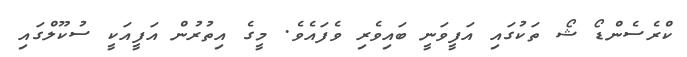
ކްރެސެންޑޯ ޝޯ ތަކުގައި އަފީވަނީ ބައިވެރި ވެފައެވެ. މީގެ އިތުރުން އަފީއަކީ ސުކޫލްގައި